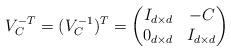
LaTeX: \begin{align*}V_C^{-T}=(V_C^{-1})^T=\begin{pmatrix}I_{d\times d} & -C\\0_{d\times d} & I_{d\times d} \end{pmatrix}\end{align*}